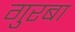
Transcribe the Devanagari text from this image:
गुरबा